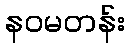
နဝမတန်း